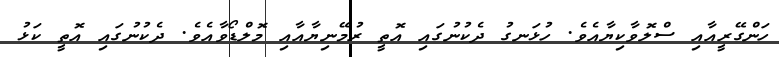
ހަންގޭރީއާއި ސްލޮވާކިޔާއެވެ. ހުޅަނގު ދެކުނުގައި އޮތީ ރުމޭނިޔާއާއި މޮލްޑޯވާއެވެ. ދެކުނުގައި އޮތީ ކަޅު